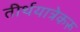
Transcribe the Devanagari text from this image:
तीर्थयात्रेकरू